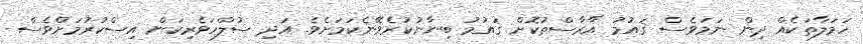
ހަމަލާތަކެއް ދިން ނަމަވެސް ޤައުމު އާރާސްތުކޮށް ޤައުމު ބިނާނުކުރެވޭނެކަމަށެވެ. އަދި ސުލްހަވެރިކަން އިސްކުރުމަށްވެސް